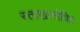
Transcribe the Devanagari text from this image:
स्ताखानोवित